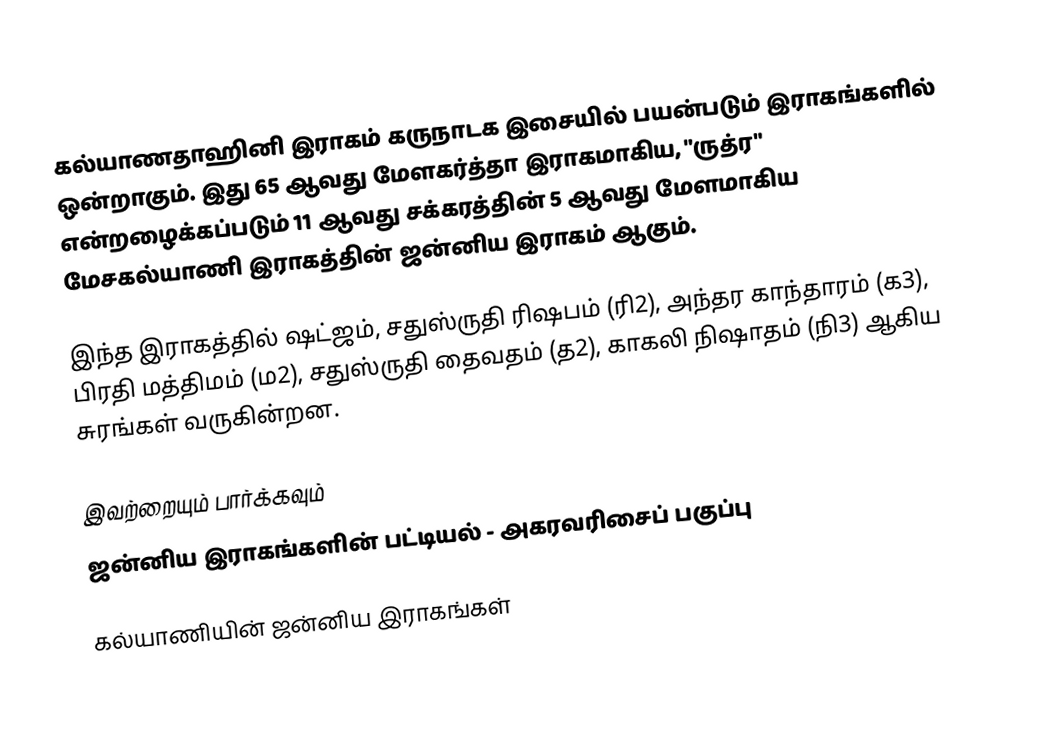
கல்யாணதாஹினி இராகம் கருநாடக இசையில் பயன்படும் இராகங்களில் ஒன்றாகும். இது 65 ஆவது மேளகர்த்தா இராகமாகிய, "ருத்ர" என்றழைக்கப்படும் 11 ஆவது சக்கரத்தின் 5 ஆவது மேளமாகிய மேசகல்யாணி இராகத்தின் ஜன்னிய இராகம் ஆகும்.

இந்த இராகத்தில் ஷட்ஜம், சதுஸ்ருதி ரிஷபம் (ரி2),  அந்தர காந்தாரம் (க3), பிரதி மத்திமம் (ம2), சதுஸ்ருதி தைவதம் (த2), காகலி நிஷாதம்  (நி3) ஆகிய சுரங்கள் வருகின்றன.

இவற்றையும் பார்க்கவும்
 ஜன்னிய இராகங்களின் பட்டியல் - அகரவரிசைப் பகுப்பு

கல்யாணியின் ஜன்னிய இராகங்கள்